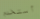
أستخدم